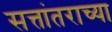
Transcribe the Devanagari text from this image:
सत्तांतराच्या